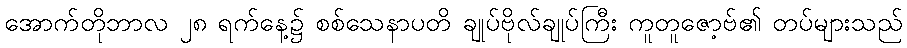
အောက်တိုဘာလ ၂၈ ရက်နေ့၌ စစ်သေနာပတိ ချုပ်ဗိုလ်ချုပ်ကြီး ကူတူဇော့ဗ်၏ တပ်များသည်